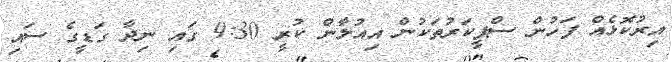
އިރުކޮޅެއް ފަހުން ސްޕީކަރުތަކުން އިއުލާން ކުރީ 9:30 ގައި ނިދާ ގަޑީގެ ސައި